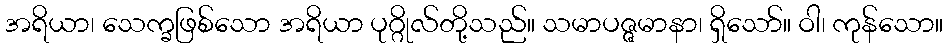
အရိယာ၊ သေက္ခဖြစ်သော အရိယာ ပုဂ္ဂိုလ်တို့သည်။ သမာပဇ္ဇမာနာ၊ ရှိသော်။ ဝါ၊ ကုန်သော။